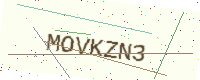
Text: MOVKZN3